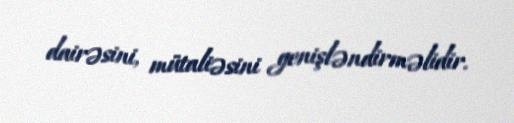
dairəsini, mütaliəsini genişləndirməlidir.